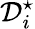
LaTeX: \mathcal{D}_{i}^{\star}